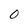
Character: 0